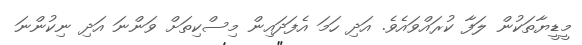
މީޑީޔާތަކުން ލަފާ ކުރައްވައެވެ. އަދި ހަމަ އެފަދައިން މިސްކިތަށް ވަންނަ އަދި ނިކުންނަ